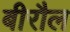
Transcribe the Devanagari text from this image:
बीरौल